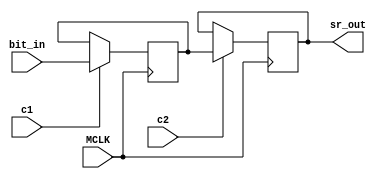
// This program was cloned from: https://github.com/jotego/jtcores
// License: GNU General Public License v3.0

/*
 * Copyright (C) 2023 nukeykt
 *
 * This file is part of Nuked-MD.
 *
 * This program is free software; you can redistribute it and/or
 * modify it under the terms of the GNU General Public License
 * as published by the Free Software Foundation; either version 2
 * of the License, or (at your option) any later version.
 *
 * This program is distributed in the hope that it will be useful,
 * but WITHOUT ANY WARRANTY; without even the implied warranty of
 * MERCHANTABILITY or FITNESS FOR A PARTICULAR PURPOSE.  See the
 * GNU General Public License for more details.
 *
 */

// ym3438, ym7101, fc1004 common cells
/* verilator lint_off PINMISSING */
/* verilator lint_off WIDTHEXPAND */
/* verilator lint_off WIDTHTRUNC */
/* verilator lint_off SELRANGE */
module ym_sr_bit #(parameter SR_LENGTH = 1)
	(
	input MCLK,
	input c1,
	input c2,
	input bit_in,
	output sr_out
	);
	
	reg [SR_LENGTH-1:0] v1 = 0;
	reg [SR_LENGTH-1:0] v2 = 0;
	
	wire [SR_LENGTH-1:0] v2_assign = c2 ? v1 : v2;
	
	//assign sr_out = v2_assign[SR_LENGTH-1];
	assign sr_out = v2[SR_LENGTH-1];
	
	always @(posedge MCLK)
	begin
		if (c1)
		begin
			if (SR_LENGTH == 1)
				v1 <= bit_in;
			else
				v1 <= { v2[SR_LENGTH-2:0], bit_in };
		end
		v2 <= v2_assign;
	end
endmodule

/*module ym_sr_bit #(parameter SR_LENGTH = 1)
	(
	input MCLK,
	input c1,
	input c2,
	input bit_in,
	output sr_out
	);
	
	reg [SR_LENGTH-1:0] v1 = 0;
	reg [SR_LENGTH-1:0] v2 = 0;
	
	assign sr_out = v2[SR_LENGTH-1];
	
	always @(*)
	begin
		if (c1)
		begin
			if (SR_LENGTH == 1)
				v1 <= bit_in;
			else
				v1 <= { v2[SR_LENGTH-2:0], bit_in };
		end
		if (c2)
		begin
			v2 <= v1;
		end
	end
endmodule*/

/*module ym_sr_bit2 #(parameter SR_LENGTH = 1)
	(
	input MCLK,
	input c1,
	input c2,
	input bit_in,
	output sr_out
	);
	
	reg [SR_LENGTH-1:0] v2 = 0;
	
	assign sr_out = v2[SR_LENGTH-1];
	
	always @(posedge c2)
	begin
		if (SR_LENGTH == 1)
			v2 <= bit_in;
		else
			v2 <= { v2[SR_LENGTH-2:0], bit_in };
	end
endmodule*/

module ym_sr_bit_array #(parameter SR_LENGTH = 1, DATA_WIDTH = 1)
	(
	input MCLK,
	input c1,
	input c2,
	input [DATA_WIDTH-1:0] data_in,
	output [DATA_WIDTH-1:0] data_out
	);
	
	wire out[0:DATA_WIDTH-1];
	
	generate
		genvar i;
		for (i = 0; i < DATA_WIDTH; i = i + 1)
		begin : l1
			ym_sr_bit #(.SR_LENGTH(SR_LENGTH)) sr (
			.MCLK(MCLK),
			.c1(c1),
			.c2(c2),
			.bit_in(data_in[i]),
			.sr_out(out[i])
			);
			
			assign data_out[i] = out[i];
		end
	endgenerate

endmodule

module ym_cnt_bit #(parameter DATA_WIDTH = 1)
	(
	input MCLK,
	input c1,
	input c2,
	input c_in,
	input reset,
	output [DATA_WIDTH-1:0] val,
	output c_out
	);
	
	wire [DATA_WIDTH-1:0] data_in;
	wire [DATA_WIDTH-1:0] data_out;
	wire [DATA_WIDTH:0] sum;
	
	ym_sr_bit_array #(.DATA_WIDTH(DATA_WIDTH)) mem
		(
		.MCLK(MCLK),
		.c1(c1),
		.c2(c2),
		.data_in(data_in),
		.data_out(data_out)
		);
	
	assign sum = { 1'h0, data_out } + {{DATA_WIDTH{1'h0}}, c_in};
	assign val = data_out;
	assign data_in = reset ? {DATA_WIDTH{1'h0}} : sum[DATA_WIDTH-1:0];
	assign c_out = sum[DATA_WIDTH];
	
endmodule

/*module ym_cnt_bit2
	(
	input MCLK,
	input c1,
	input c2,
	input c_in,
	input reset,
	output val,
	output c_out
	);
	
	wire data_in;
	wire data_out;
	wire [1:0] sum;
	
	ym_sr_bit2 mem
		(
		.MCLK(MCLK),
		.c1(c1),
		.c2(c2),
		.bit_in(data_in),
		.sr_out(data_out)
		);
	
	assign sum = { 1'h0, data_out } + {1'h0, c_in};
	assign val = data_out;
	assign data_in = reset ? 1'h0 : sum[0];
	assign c_out = sum[1];
	
endmodule*/

module ym_dlatch_1 #(parameter DATA_WIDTH = 1)
	(
	input MCLK,
	input c1,
	input [DATA_WIDTH-1:0] inp,
	output [DATA_WIDTH-1:0] val,
	output [DATA_WIDTH-1:0] nval
	);
	
	reg [DATA_WIDTH-1:0] mem = {DATA_WIDTH{1'h0}};
	
	wire [DATA_WIDTH-1:0] mem_assign = c1 ? inp : mem;
	
	always @(posedge MCLK)
	begin
		mem <= mem_assign;
	end
	
	//assign val = mem_assign;
	//assign nval = ~mem_assign;
	assign val = mem;
	assign nval = ~mem;
	
endmodule

/*module ym_dlatch_1 #(parameter DATA_WIDTH = 1)
	(
	input MCLK,
	input c1,
	input [DATA_WIDTH-1:0] inp,
	output [DATA_WIDTH-1:0] val,
	output [DATA_WIDTH-1:0] nval
	);
	
	reg [DATA_WIDTH-1:0] mem = {DATA_WIDTH{1'h0}};
	
	always @(*)
	begin
		if (c1)
			mem <= inp;
	end

	assign val = mem;
	assign nval = ~mem;
	
endmodule*/

module ym_dlatch_2 #(parameter DATA_WIDTH = 1)
	(
	input MCLK,
	input c2,
	input [DATA_WIDTH-1:0] inp,
	output [DATA_WIDTH-1:0] val,
	output [DATA_WIDTH-1:0] nval
	);
	
	reg [DATA_WIDTH-1:0] mem = {DATA_WIDTH{1'h0}};
	
	wire [DATA_WIDTH-1:0] mem_assign = c2 ? inp : mem;
	
	always @(posedge MCLK)
	begin
		mem <= mem_assign;
	end
	
	//assign val = mem_assign;
	//assign nval = ~mem_assign;
	assign val = mem;
	assign nval = ~mem;
	
endmodule

/*module ym_dlatch_2 #(parameter DATA_WIDTH = 1)
	(
	input MCLK,
	input c2,
	input [DATA_WIDTH-1:0] inp,
	output [DATA_WIDTH-1:0] val,
	output [DATA_WIDTH-1:0] nval
	);
	
	reg [DATA_WIDTH-1:0] mem = {DATA_WIDTH{1'h0}};
	
	always @(*)
	begin
		if (c2)
			mem <= inp;
	end
	
	assign val = mem;
	assign nval = ~mem;
	
endmodule*/

module ym_edge_detect
	(
	input MCLK,
	input c1,
	input inp,
	output outp
	);
	
	wire prev_out;
	
	ym_dlatch_1 prev
		(
		.MCLK(MCLK),
		.c1(c1),
		.inp(inp),
		.val(prev_out),
		.nval()
		);
	assign outp = ~(prev_out | ~inp);
endmodule

/*module ym_edge_detect
	(
	input MCLK,
	input c1,
	input inp,
	output outp
	);
	
	reg prev_out;
	
	always @(posedge c1)
	begin
		prev_out <= inp;
	end
	
	assign outp = ~(prev_out | ~inp);
endmodule*/

module ym_slatch #(parameter DATA_WIDTH = 1)
	(
	input MCLK,
	input en,
	input [DATA_WIDTH-1:0] inp,
	output [DATA_WIDTH-1:0] val,
	output [DATA_WIDTH-1:0] nval
	);
	
	reg [DATA_WIDTH-1:0] mem = {DATA_WIDTH{1'h0}};
	
	wire [DATA_WIDTH-1:0] mem_assign = en ? inp : mem;
	
	always @(posedge MCLK)
	begin
		mem <= mem_assign;
	end
	
	//assign val = mem_assign;
	//assign nval = ~mem_assign;
	assign val = mem;
	assign nval = ~mem;
	
endmodule

/*module ym_slatch #(parameter DATA_WIDTH = 1)
	(
	input MCLK,
	input en,
	input [DATA_WIDTH-1:0] inp,
	output [DATA_WIDTH-1:0] val,
	output [DATA_WIDTH-1:0] nval
	);
	
	reg [DATA_WIDTH-1:0] mem = {DATA_WIDTH{1'h0}};
	
	always @(*)
	begin
		if (en)
			mem <= inp;
	end
	
	assign val = mem;
	assign nval = ~mem;
	
endmodule*/

/*module ym_slatch2 #(parameter DATA_WIDTH = 1)
	(
	input MCLK,
	input en,
	input [DATA_WIDTH-1:0] inp,
	output [DATA_WIDTH-1:0] val,
	output [DATA_WIDTH-1:0] nval
	);
	
	reg [DATA_WIDTH-1:0] mem = {DATA_WIDTH{1'h0}};
	
	wire [DATA_WIDTH-1:0] mem_assign = en ? inp : mem;
	
	always @(posedge MCLK)
	begin
		mem <= mem_assign;
	end
	
	//assign val = mem_assign;
	//assign nval = ~mem_assign;
	assign val = mem;
	assign nval = ~mem;
	
endmodule*/

module ym_slatch_t #(parameter DATA_WIDTH = 1)
	(
	input MCLK,
	input en,
	input [DATA_WIDTH-1:0] inp,
	output [DATA_WIDTH-1:0] val,
	output [DATA_WIDTH-1:0] nval
	);
	
	reg [DATA_WIDTH-1:0] mem = {DATA_WIDTH{1'h0}};
	
	wire [DATA_WIDTH-1:0] mem_assign = en ? inp : mem;
	
	always @(posedge MCLK)
	begin
		mem <= mem_assign;
	end
	
	assign val = mem_assign;
	assign nval = ~mem_assign;
	
endmodule

/*module ym_slatch_t #(parameter DATA_WIDTH = 1)
	(
	input MCLK,
	input en,
	input [DATA_WIDTH-1:0] inp,
	output [DATA_WIDTH-1:0] val,
	output [DATA_WIDTH-1:0] nval
	);
	
	reg [DATA_WIDTH-1:0] mem = {DATA_WIDTH{1'h0}};
	
	always @(*)
	begin
		if (en)
			mem <= inp;
	end
	
	assign val = mem;
	assign nval = ~mem;
	
endmodule*/

module ym_rs_trig
	(
	input MCLK,
	input set,
	input rst,
	output reg q = 1'h0,
	output reg nq = 1'h1
	);
	
	always @(posedge MCLK)
	begin
		q <= rst ? 1'h0 : (set ? 1'h1 : q);
		nq <= set ? 1'h0 : (rst ? 1'h1 : ~q); 
	end
	
endmodule

/*module ym_rs_trig
	(
	input MCLK,
	input set,
	input rst,
	output q,
	output nq
	);
	
	assign q = ~(rst | nq);
	assign nq = ~(set | q);
	
endmodule*/

module ym_rs_trig_sync
	(
	input MCLK,
	input set,
	input rst,
	input c1,
	output reg q = 1'h0,
	output reg nq = 1'h1
	);
	
	always @(posedge MCLK)
	begin
		q <= (c1 & rst) ? 1'h0 : ((c1 & set) ? 1'h1 : q);
		nq <= (c1 & set) ? 1'h0 : ((c1 & rst) ? 1'h1 : ~q); 
	end
	
endmodule

/*module ym_rs_trig_sync
	(
	input MCLK,
	input set,
	input rst,
	input c1,
	output q,
	output nq
	);
	
	assign q = ~((c1 & rst) | nq);
	assign nq = ~((c1 & set) | q);
	
endmodule*/

module ym_cnt_bit_load #(parameter DATA_WIDTH = 1)
	(
	input MCLK,
	input c1,
	input c2,
	input c_in,
	input reset,
	input load,
	input [DATA_WIDTH-1:0] load_val,
	output [DATA_WIDTH-1:0] val,
	output c_out
	);
	
	wire [DATA_WIDTH-1:0] data_in;
	wire [DATA_WIDTH-1:0] data_out;
	wire [DATA_WIDTH:0] sum;
	
	ym_sr_bit_array #(.DATA_WIDTH(DATA_WIDTH)) mem
		(
		.MCLK(MCLK),
		.c1(c1),
		.c2(c2),
		.data_in(data_in),
		.data_out(data_out)
		);
	
	wire [DATA_WIDTH-1:0] base_val = load ? load_val : data_out;
	
	assign sum = {1'h0, base_val} + {{DATA_WIDTH{1'h0}},c_in};
	assign data_in = reset ? {DATA_WIDTH{1'h0}} : sum[DATA_WIDTH-1:0];
	assign val = data_out;
	assign c_out = sum[DATA_WIDTH];
	
endmodule

module ym_dbg_read #(parameter DATA_WIDTH = 1)
	(
	input MCLK,
	input c1,
	input c2,
	input prev,
	input load,
	input [DATA_WIDTH-1:0] load_val,
	output next
	);
	
	wire [DATA_WIDTH-1:0] data_in;
	wire [DATA_WIDTH-1:0] data_out;
	
	ym_sr_bit_array #(.DATA_WIDTH(DATA_WIDTH)) mem
		(
		.MCLK(MCLK),
		.c1(c1),
		.c2(c2),
		.data_in(data_in),
		.data_out(data_out)
		);
		
	wire [DATA_WIDTH-1:0] chain;
	
	assign data_in = chain | (load ? load_val : {DATA_WIDTH{1'h0}});
	
	generate
		if (DATA_WIDTH == 1)
			assign chain = prev;
		else
			assign chain = { prev, data_out[DATA_WIDTH-1:1] };
	endgenerate
	
	assign next = data_out[0];
	
endmodule

module ym_dbg_read_eg #(parameter DATA_WIDTH = 1)
	(
	input MCLK,
	input c1,
	input c2,
	input prev,
	input load,
	input [DATA_WIDTH-1:0] load_val,
	output next
	);
	
	wire [DATA_WIDTH-1:0] data_in;
	wire [DATA_WIDTH-1:0] data_out;
	
	ym_sr_bit_array #(.DATA_WIDTH(DATA_WIDTH)) mem
		(
		.MCLK(MCLK),
		.c1(c1),
		.c2(c2),
		.data_in(data_in),
		.data_out(data_out)
		);
		
	wire [DATA_WIDTH-1:0] chain;
	
	assign data_in = chain | (load ? load_val : {DATA_WIDTH{1'h0}});
	
	generate
		if (DATA_WIDTH == 1)
			assign chain = prev;
		else
			assign chain = { data_out[DATA_WIDTH-2:0], prev };
	endgenerate
	
	assign next = data_out[DATA_WIDTH-1];
	
endmodule

module ym_slatch_r #(parameter DATA_WIDTH = 1)
	(
	input MCLK,
	input en,
	input rst,
	input [DATA_WIDTH-1:0] inp,
	output [DATA_WIDTH-1:0] val,
	output [DATA_WIDTH-1:0] nval
	);
	
	reg [DATA_WIDTH-1:0] mem = {DATA_WIDTH{1'h0}};
	
	wire [DATA_WIDTH-1:0] mem_assign = rst ? {DATA_WIDTH{1'h0}} : (en ? inp : mem);
	
	always @(posedge MCLK)
	begin
		mem <= mem_assign;
	end
	
	//assign val = mem_assign;
	//assign nval = ~mem_assign;
	assign val = mem;
	assign nval = ~mem;
	
endmodule

/*module ym_slatch_r #(parameter DATA_WIDTH = 1)
	(
	input MCLK,
	input en,
	input rst,
	input [DATA_WIDTH-1:0] inp,
	output [DATA_WIDTH-1:0] val,
	output [DATA_WIDTH-1:0] nval
	);
	
	reg [DATA_WIDTH-1:0] mem = {DATA_WIDTH{1'h0}};
	
	always @(*)
	begin
		if (rst)
			mem <= {DATA_WIDTH{1'h0}};
		else if (en)
			mem <= inp;
	end

	assign val = mem;
	assign nval = ~mem;
	
endmodule*/

module ym_cnt_bit_rs #(parameter DATA_WIDTH = 1)
	(
	input MCLK,
	input c1,
	input c2,
	input c_in,
	input reset,
	input set,
	output [DATA_WIDTH-1:0] val,
	output [DATA_WIDTH-1:0] nval,
	output c_out
	);
	
	wire [DATA_WIDTH-1:0] data_in;
	wire [DATA_WIDTH-1:0] data_out;
	wire [DATA_WIDTH-1:0] data_out_s = set ? {DATA_WIDTH{1'h1}} : data_out;
	wire [DATA_WIDTH:0] sum;
	
	ym_sr_bit_array #(.DATA_WIDTH(DATA_WIDTH)) mem
		(
		.MCLK(MCLK),
		.c1(c1),
		.c2(c2),
		.data_in(data_in),
		.data_out(data_out)
		);
	
	assign sum = {1'h0,data_out_s} + {{DATA_WIDTH{1'h0}}, c_in};
	assign val = data_out_s;
	assign nval = ~data_out_s;
	assign data_in = reset ? {DATA_WIDTH{1'h0}} : sum[DATA_WIDTH-1:0];
	assign c_out = sum[DATA_WIDTH];
	
endmodule

module ym_cnt_bit_rev #(parameter DATA_WIDTH = 1)
	(
	input MCLK,
	input c1,
	input c2,
	input c_in,
	input dec,
	input reset,
	output [DATA_WIDTH-1:0] val,
	output c_out
	);
	
	wire [DATA_WIDTH-1:0] data_in;
	wire [DATA_WIDTH-1:0] data_out;
	wire [DATA_WIDTH:0] sum;
	
	ym_sr_bit_array #(.DATA_WIDTH(DATA_WIDTH)) mem
		(
		.MCLK(MCLK),
		.c1(c1),
		.c2(c2),
		.data_in(data_in),
		.data_out(data_out)
		);
	
	assign sum = { 1'h0, data_out } + {1'h0, {DATA_WIDTH{dec}}} + {{DATA_WIDTH{1'h0}}, c_in};
	assign val = data_out;
	assign data_in = reset ? {DATA_WIDTH{1'h0}} : sum[DATA_WIDTH-1:0];
	assign c_out = sum[DATA_WIDTH];
	
endmodule

module ym_sr_bit_en #(parameter SR_LENGTH = 2)
	(
	input MCLK,
	input c1,
	input c2,
	input en1,
	input en2,
	input data_in,
	output [SR_LENGTH-1:0] data_out
	);
	
	wire [SR_LENGTH-1:0] sr_out;
	wire [SR_LENGTH-1:0] sr_in =
		(en1 ? { sr_out[SR_LENGTH-2:0], data_in } : {SR_LENGTH{1'h0}}) |
		(en2 ? sr_out : {SR_LENGTH{1'h0}});
	
	assign data_out = sr_out;
	
	ym_sr_bit_array #(.DATA_WIDTH(SR_LENGTH)) mem
		(
		.MCLK(MCLK),
		.c1(c1),
		.c2(c2),
		.data_in(sr_in),
		.data_out(sr_out)
		);

endmodule


module ym_scnt_bit #(parameter DATA_WIDTH = 1)
	(
	input MCLK,
	input clk,
	input load,
	input [DATA_WIDTH-1:0] val,
	input cin,
	input rst,
	output [DATA_WIDTH-1:0] q,
	output [DATA_WIDTH-1:0] nq,
	output cout
	);
	
	reg [DATA_WIDTH-1:0] l1 = {DATA_WIDTH{1'h0}}, l2 = {DATA_WIDTH{1'h0}};
	
	wire [DATA_WIDTH:0] sum = { 1'h0, l2 } + {{DATA_WIDTH{1'h0}}, cin};
	
	assign cout = sum[DATA_WIDTH];
	
	assign q = l2;
	assign nq = ~l2;
	
	always @(posedge MCLK)
	begin
		if (~rst)
		begin
			l1 <= {DATA_WIDTH{1'h0}};
			l2 <= {DATA_WIDTH{1'h0}};
		end
		else
		begin
			if (~clk)
				l1 <= ~load ? val : sum[DATA_WIDTH-1:0];
			else
				l2 <= l1;
		end
	end
	
endmodule


module ym_sdff #(parameter DATA_WIDTH = 1)
	(
	input MCLK,
	input clk,
	input [DATA_WIDTH-1:0] val,
	output [DATA_WIDTH-1:0] q,
	output [DATA_WIDTH-1:0] nq
	);
	
	reg [DATA_WIDTH-1:0] l1 = {DATA_WIDTH{1'h0}}, l2 = {DATA_WIDTH{1'h0}};
	
	assign q = l2;
	assign nq = ~l2;
	
	always @(posedge MCLK)
	begin
		if (~clk)
			l1 <= val;
		else
			l2 <= l1;
	end
	
endmodule


module ym_sdffs #(parameter DATA_WIDTH = 1)
	(
	input MCLK,
	input clk,
	input [DATA_WIDTH-1:0] val,
	input set,
	output [DATA_WIDTH-1:0] q,
	output [DATA_WIDTH-1:0] nq
	);
	
	reg [DATA_WIDTH-1:0] l1, l2;
	
	assign q = l2;
	assign nq = ~l2;
	
	always @(posedge MCLK)
	begin
		if (~clk)
			l1 <= val;
		else if (~set)
			l1 <= {DATA_WIDTH{1'h1}};
		if (~set)
			l2 <= {DATA_WIDTH{1'h1}};
		else if (clk)
			l2 <= l1;
	end
	
endmodule


module ym_sdffr #(parameter DATA_WIDTH = 1)
	(
	input MCLK,
	input clk,
	input [DATA_WIDTH-1:0] val,
	input reset,
	output [DATA_WIDTH-1:0] q,
	output [DATA_WIDTH-1:0] nq
	);
	
	reg [DATA_WIDTH-1:0] l1 = {DATA_WIDTH{1'h0}}, l2 = {DATA_WIDTH{1'h0}};
	
	assign q = l2;
	assign nq = ~l2;
	
	always @(posedge MCLK)
	begin
		if (~reset)
			l1 <= {DATA_WIDTH{1'h0}};
		else if (~clk)
			l1 <= val;
		if (~reset)
			l2 <= {DATA_WIDTH{1'h0}};
		else if (clk)
			l2 <= l1;
	end
	
endmodule


module ym_sdffsr #(parameter DATA_WIDTH = 1)
	(
	input MCLK,
	input clk,
	input [DATA_WIDTH-1:0] val,
	input set,
	input reset,
	output [DATA_WIDTH-1:0] q,
	output [DATA_WIDTH-1:0] nq
	);
	
	reg [DATA_WIDTH-1:0] l1 = {DATA_WIDTH{1'h0}}, l2 = {DATA_WIDTH{1'h0}};
	
	assign q = (~set & ~reset) ? {DATA_WIDTH{1'h0}} : l2;
	assign nq = (~set & ~reset) ? {DATA_WIDTH{1'h0}} : ~l2;
	
	always @(posedge MCLK)
	begin
		if (~reset)
			l1 <= {DATA_WIDTH{1'h0}};
		else if (~set)
			l1 <= {DATA_WIDTH{1'h1}};
		else if (~clk)
			l1 <= val;
		if (~set)
			l2 <= {DATA_WIDTH{1'h1}};
		else if (~reset)
			l2 <= {DATA_WIDTH{1'h0}};
		else if (clk)
			l2 <= l1;
	end
	
endmodule


module ym_delaychain #(parameter DELAY_CNT = 1)
	(
	input MCLK,
	input inp,
	output outp
	);
	
	reg [DELAY_CNT-1:0] dl = {DELAY_CNT{1'h0}};
	
	always @(posedge MCLK)
	begin
		if (DELAY_CNT == 1)
			dl <= inp;
		else
			dl <= { dl[DELAY_CNT-2:0], inp };
	end
	
	assign outp = dl[DELAY_CNT-1];
	
endmodule